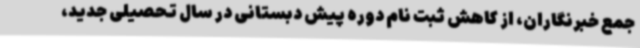
جمع خبرنگاران، از کاهش ثبت نام دوره پیش دبستانی در سال تحصیلی جدید،